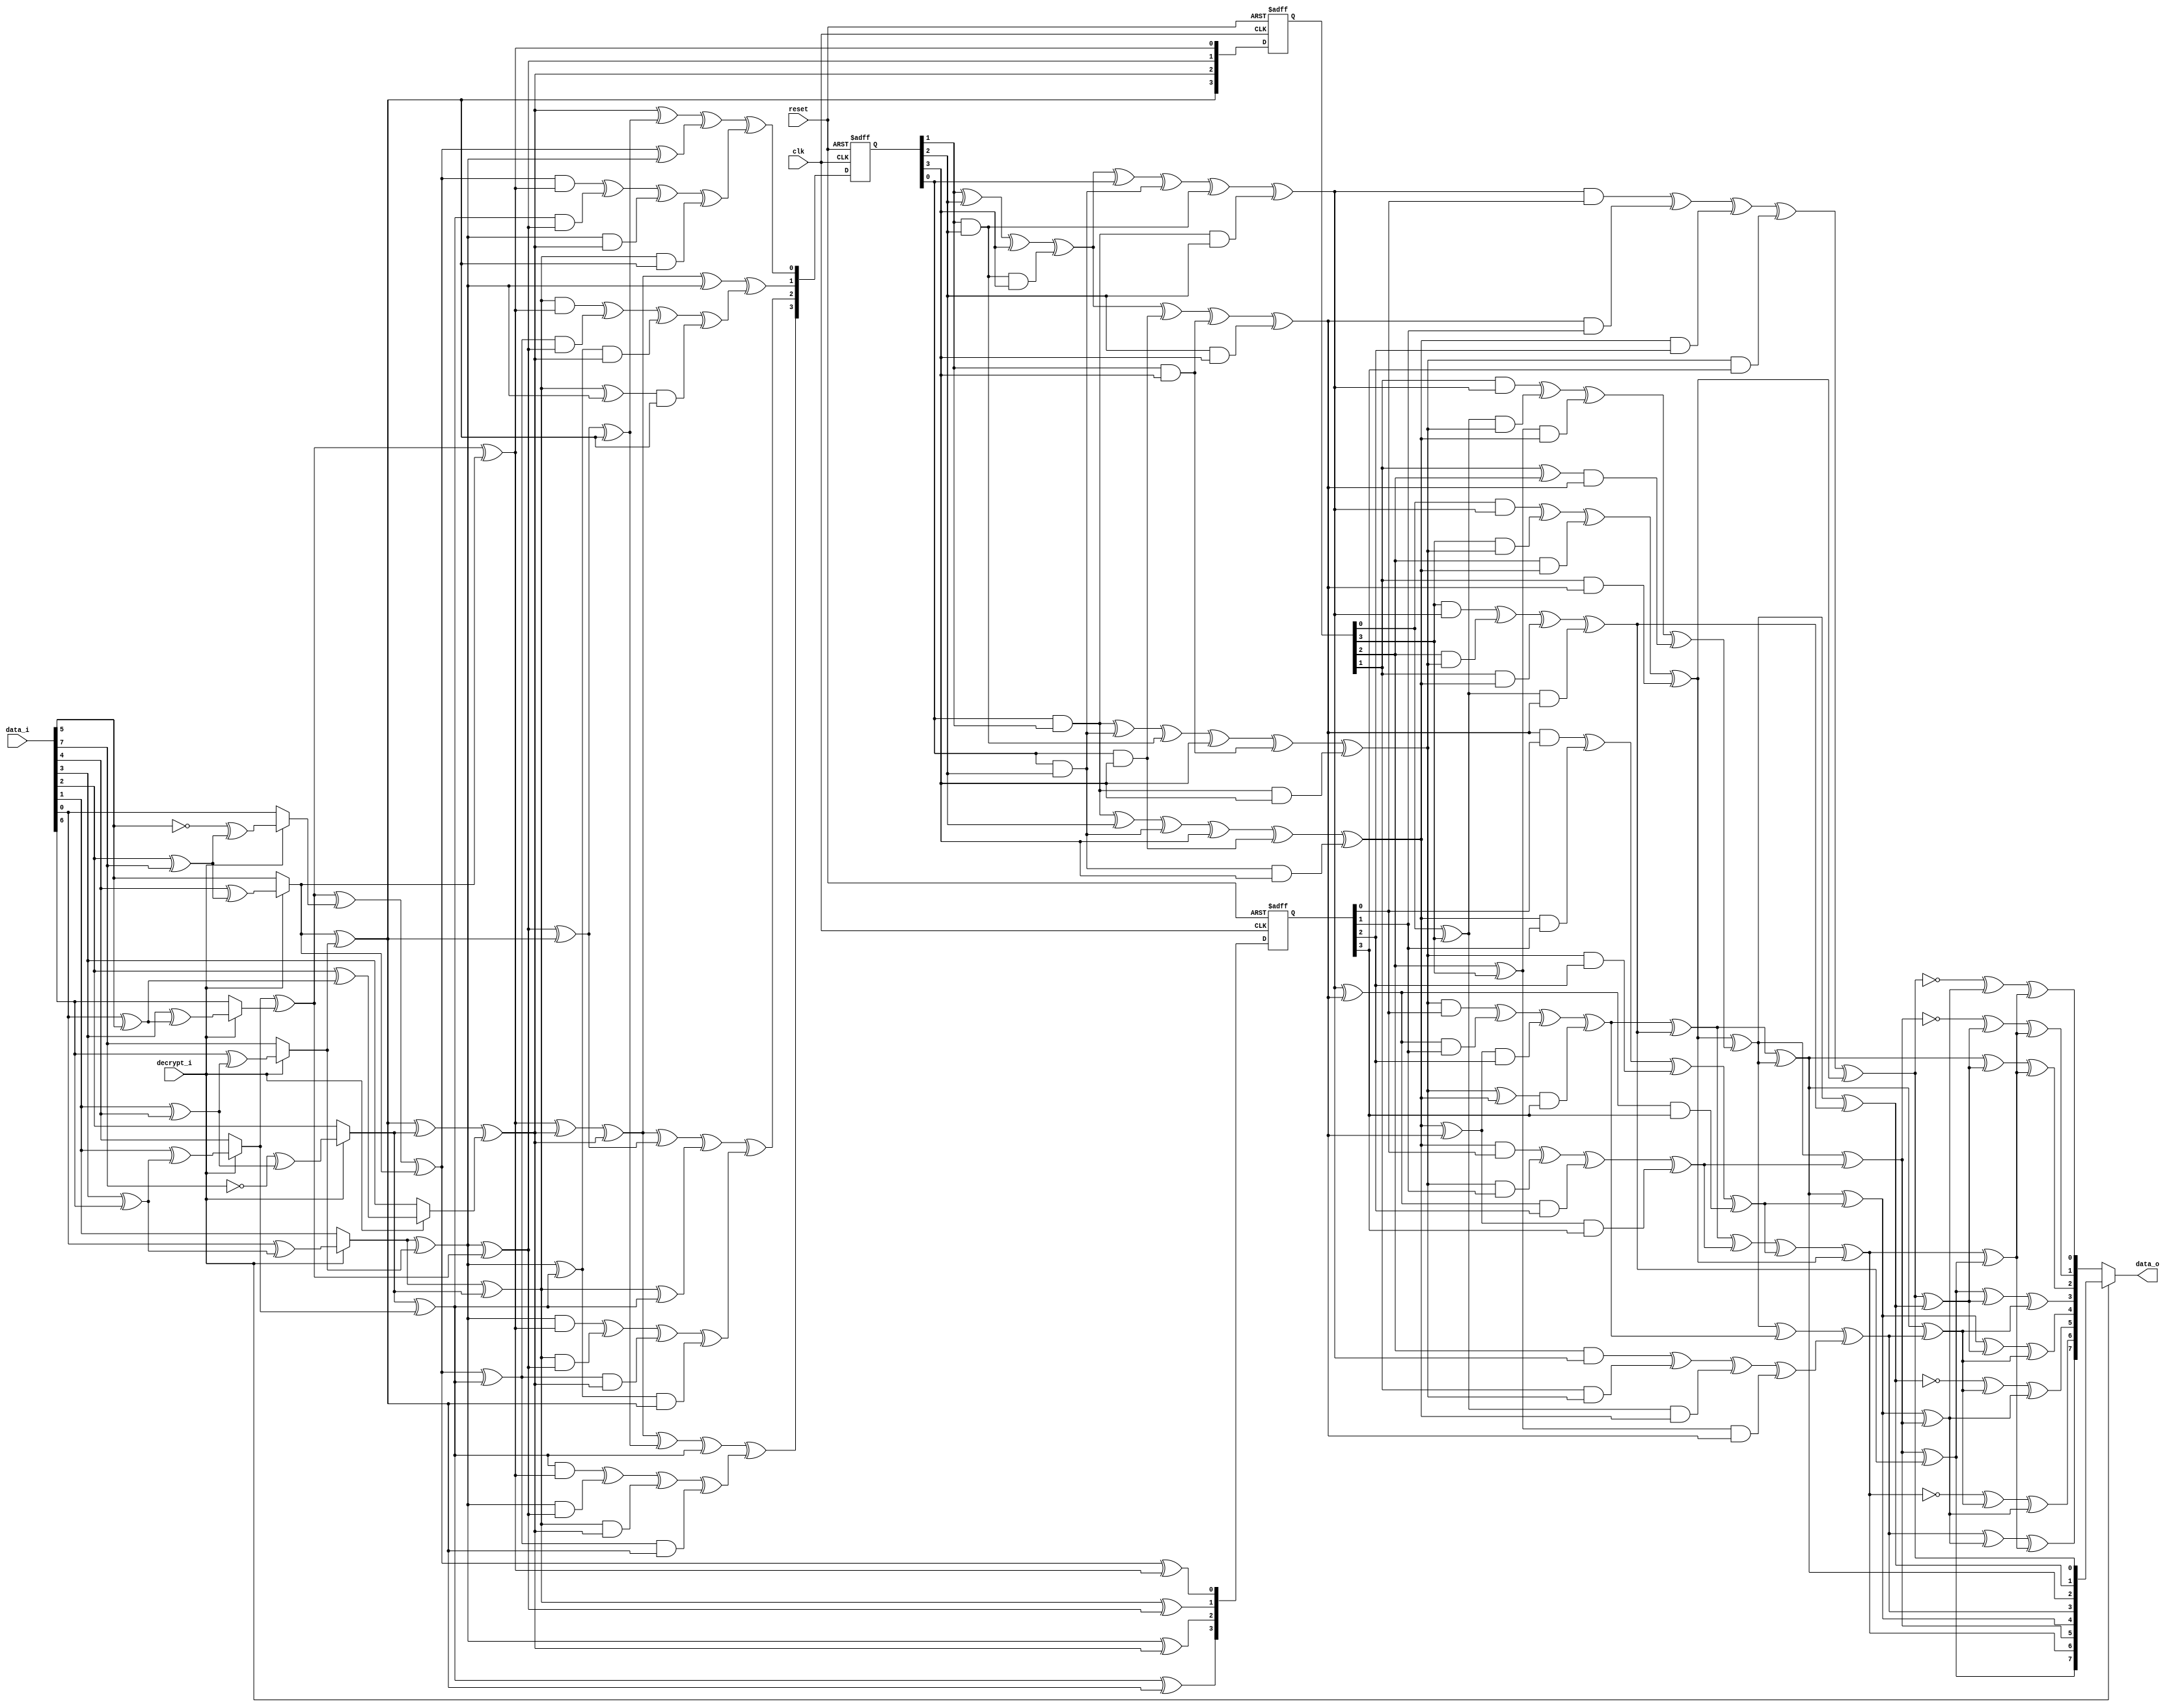
`timescale 1ns / 1ps
//////////////////////////////////////////////////////////////////////////////////
// Company: 
// Engineer: 
// 
// Design Name: 
// Module Name:    sbox 
// Project Name: 
// Target Devices: 
// Tool versions: 
// Description: 
//
// Dependencies: 
//
// Revision: 
// Revision 0.01 - File Created
// Additional Comments: 
//
//////////////////////////////////////////////////////////////////////////////////
module ARS_sbox(clk,reset,data_i,decrypt_i,data_o);
input clk;
input reset;
input [7:0] data_i;
input decrypt_i;
output [7:0] data_o;

reg [7:0] data_o;

reg [7:0] inva;
reg [3:0] ah;
reg [3:0] al;
reg [3:0] ah2;
reg [3:0] al2;
reg [3:0] alxh;
reg [3:0] alph;
reg [3:0] d;
reg [3:0] ahp;
reg [3:0] alp;
reg [3:0] to_invert;
reg [3:0] next_to_invert;
reg [3:0] ah_reg;
reg [3:0] next_ah_reg;
reg [3:0] next_alph;


//registers
always @(posedge clk or negedge reset)
begin

  if(!reset)
  begin
 
    to_invert = (0);
    ah_reg = (0);
    alph = (0);	
  
  end
  else
  begin
    
    to_invert = (next_to_invert);
    ah_reg = (next_ah_reg);
    alph = (next_alph);	

  end

end


//first_mux
reg[7:0] first_mux_data_var;
reg[7:0] first_mux_InvInput;
reg[3:0] first_mux_ah_t,first_mux_al_t;
reg first_mux_aA,first_mux_aB,first_mux_aC,first_mux_aD;
	
always @(data_i or decrypt_i)
begin

  first_mux_data_var=data_i;
  first_mux_InvInput=first_mux_data_var;
	
  case(decrypt_i)
    1:
     begin
      
       //Apply inverse affine trasformation
       first_mux_aA=first_mux_data_var[0]^first_mux_data_var[5];first_mux_aB=first_mux_data_var[1]^first_mux_data_var[4];
       first_mux_aC=first_mux_data_var[2]^first_mux_data_var[7];first_mux_aD=first_mux_data_var[3]^first_mux_data_var[6];
       first_mux_InvInput[0]=(!first_mux_data_var[5])^first_mux_aC;
       first_mux_InvInput[1]=first_mux_data_var[0]^first_mux_aD;
       first_mux_InvInput[2]=(!first_mux_data_var[7])^first_mux_aB;
       first_mux_InvInput[3]=first_mux_data_var[2]^first_mux_aA;
       first_mux_InvInput[4]=first_mux_data_var[1]^first_mux_aD;
       first_mux_InvInput[5]=first_mux_data_var[4]^first_mux_aC;
       first_mux_InvInput[6]=first_mux_data_var[3]^first_mux_aA;
       first_mux_InvInput[7]=first_mux_data_var[6]^first_mux_aB;

     end

   default:
     begin

       first_mux_InvInput=first_mux_data_var;
     
     end

  endcase
	
	
  //Convert elements from GF(2^8)
	
  first_mux_aA=first_mux_InvInput[1]^first_mux_InvInput[7];
  first_mux_aB=first_mux_InvInput[5]^first_mux_InvInput[7];
  first_mux_aC=first_mux_InvInput[4]^first_mux_InvInput[6];
	
  first_mux_al_t[0]=first_mux_aC^first_mux_InvInput[0]^first_mux_InvInput[5];
  first_mux_al_t[1]=first_mux_InvInput[1]^first_mux_InvInput[2];
  first_mux_al_t[2]=first_mux_aA;
  first_mux_al_t[3]=first_mux_InvInput[2]^first_mux_InvInput[4];
	
  first_mux_ah_t[0]=first_mux_aC^first_mux_InvInput[5];
  first_mux_ah_t[1]=first_mux_aA^first_mux_aC;
  first_mux_ah_t[2]=first_mux_aB^first_mux_InvInput[2]^first_mux_InvInput[3];
  first_mux_ah_t[3]=first_mux_aB;

  al = (first_mux_al_t);
  ah = (first_mux_ah_t);
  next_ah_reg = (first_mux_ah_t);
 
end


reg[7:0] end_mux_data_var,end_mux_data_o_var;
reg end_mux_aA,end_mux_aB,end_mux_aC,end_mux_aD;

always @(decrypt_i or inva)
begin

  end_mux_data_var=inva;

  case(decrypt_i)

    0:
     begin

       end_mux_aA=end_mux_data_var[0]^end_mux_data_var[1];end_mux_aB=end_mux_data_var[2]^end_mux_data_var[3];
       end_mux_aC=end_mux_data_var[4]^end_mux_data_var[5];end_mux_aD=end_mux_data_var[6]^end_mux_data_var[7];
       end_mux_data_o_var[0]=(!end_mux_data_var[0])^end_mux_aC^end_mux_aD;
       end_mux_data_o_var[1]=(!end_mux_data_var[5])^end_mux_aA^end_mux_aD;
       end_mux_data_o_var[2]=end_mux_data_var[2]^end_mux_aA^end_mux_aD;
       end_mux_data_o_var[3]=end_mux_data_var[7]^end_mux_aA^end_mux_aB;
       end_mux_data_o_var[4]=end_mux_data_var[4]^end_mux_aA^end_mux_aB;
       end_mux_data_o_var[5]=(!end_mux_data_var[1])^end_mux_aB^end_mux_aC;
       end_mux_data_o_var[6]=(!end_mux_data_var[6])^end_mux_aB^end_mux_aC;
       end_mux_data_o_var[7]=end_mux_data_var[3]^end_mux_aC^end_mux_aD;
 
       data_o = (end_mux_data_o_var);
     end

    default:
     begin

       data_o = (end_mux_data_var);
     end
  endcase

end


reg[3:0] aA,aB;
reg[3:0] inversemap_alp_t,inversemap_ahp_t;
reg[7:0] inversemap_inva_t;

always @(alp or ahp)
begin
	
  inversemap_alp_t=alp;
  inversemap_ahp_t=ahp;
	
  aA=inversemap_alp_t[1]^inversemap_ahp_t[3];
  aB=inversemap_ahp_t[0]^inversemap_ahp_t[1];

  inversemap_inva_t[0]=inversemap_alp_t[0]^inversemap_ahp_t[0];
  inversemap_inva_t[1]=aB^inversemap_ahp_t[3];
  inversemap_inva_t[2]=aA^aB;
  inversemap_inva_t[3]=aB^inversemap_alp_t[1]^inversemap_ahp_t[2];
  inversemap_inva_t[4]=aA^aB^inversemap_alp_t[3];
  inversemap_inva_t[5]=aB^inversemap_alp_t[2];
  inversemap_inva_t[6]=aA^inversemap_alp_t[2]^inversemap_alp_t[3]^inversemap_ahp_t[0];
  inversemap_inva_t[7]=aB^inversemap_alp_t[2]^inversemap_ahp_t[3];

  inva = (inversemap_inva_t);

end

reg[3:0] mul1_alxh_t;
reg[3:0] mul1_aA,mul1_a;

always @(ah or al)
begin

  mul1_aA=al[0]^al[3];
  mul1_a=al[2]^al[3];
	
  mul1_alxh_t[0]=(al[0]&ah[0])^(al[3]&ah[1])^(al[2]&ah[2])^(al[1]&ah[3]);
  mul1_alxh_t[1]=(al[1]&ah[0])^(mul1_aA&ah[1])^(mul1_a&ah[2])^((al[1]^al[2])&ah[3]);
  mul1_alxh_t[2]=(al[2]&ah[0])^(al[1]&ah[1])^(mul1_aA&ah[2])^(mul1_a&ah[3]);
  mul1_alxh_t[3]=(al[3]&ah[0])^(al[2]&ah[1])^(al[1]&ah[2])^(mul1_aA&ah[3]);
	
  alxh = (mul1_alxh_t);

end


reg[3:0] mul2_ahp_t;
reg[3:0] mul2_aA,mul2_aB;

always @(d or ah_reg)
begin

	
  mul2_aA=ah_reg[0]^ah_reg[3];
  mul2_aB=ah_reg[2]^ah_reg[3];
	
  mul2_ahp_t[0]=(ah_reg[0]&d[0])^(ah_reg[3]&d[1])^(ah_reg[2]&d[2])^(ah_reg[1]&d[3]);
  mul2_ahp_t[1]=(ah_reg[1]&d[0])^(mul2_aA&d[1])^(mul2_aB&d[2])^((ah_reg[1]^ah_reg[2])&d[3]);
  mul2_ahp_t[2]=(ah_reg[2]&d[0])^(ah_reg[1]&d[1])^(mul2_aA&d[2])^(mul2_aB&d[3]);
  mul2_ahp_t[3]=(ah_reg[3]&d[0])^(ah_reg[2]&d[1])^(ah_reg[1]&d[2])^(mul2_aA&d[3]);
	
  ahp = (mul2_ahp_t);

end


reg[3:0] mul3_alp_t;
reg[3:0] mul3_aA,mul3_aB;

always @(d or alph)
begin

	
  mul3_aA=d[0]^d[3];
  mul3_aB=d[2]^d[3];

  mul3_alp_t[0]=(d[0]&alph[0])^(d[3]&alph[1])^(d[2]&alph[2])^(d[1]&alph[3]);
  mul3_alp_t[1]=(d[1]&alph[0])^(mul3_aA&alph[1])^(mul3_aB&alph[2])^((d[1]^d[2])&alph[3]);
  mul3_alp_t[2]=(d[2]&alph[0])^(d[1]&alph[1])^(mul3_aA&alph[2])^(mul3_aB&alph[3]);
  mul3_alp_t[3]=(d[3]&alph[0])^(d[2]&alph[1])^(d[1]&alph[2])^(mul3_aA&alph[3]);
	
  alp = (mul3_alp_t);

end


reg[3:0] intermediate_aA,intermediate_aB;
reg[3:0] intermediate_ah2e,intermediate_ah2epl2,intermediate_to_invert_var;
	
always @(ah2 or al2 or alxh)
begin

  intermediate_aA=ah2[0]^ah2[1];
  intermediate_aB=ah2[2]^ah2[3];
  intermediate_ah2e[0]=ah2[1]^intermediate_aB;
  intermediate_ah2e[1]=intermediate_aA;
  intermediate_ah2e[2]=intermediate_aA^ah2[2];
  intermediate_ah2e[3]=intermediate_aA^intermediate_aB;

  intermediate_ah2epl2[0]=intermediate_ah2e[0]^al2[0];
  intermediate_ah2epl2[1]=intermediate_ah2e[1]^al2[1];
  intermediate_ah2epl2[2]=intermediate_ah2e[2]^al2[2];
  intermediate_ah2epl2[3]=intermediate_ah2e[3]^al2[3];

  intermediate_to_invert_var[0]=intermediate_ah2epl2[0]^alxh[0];
  intermediate_to_invert_var[1]=intermediate_ah2epl2[1]^alxh[1];
  intermediate_to_invert_var[2]=intermediate_ah2epl2[2]^alxh[2];
  intermediate_to_invert_var[3]=intermediate_ah2epl2[3]^alxh[3];

  next_to_invert = (intermediate_to_invert_var);

end


reg[3:0] inversion_to_invert_var;
reg[3:0] inversion_aA,inversion_d_t;
	
always @(to_invert)
begin

  inversion_to_invert_var=to_invert;

  inversion_aA=inversion_to_invert_var[1]^inversion_to_invert_var[2]^inversion_to_invert_var[3]^(inversion_to_invert_var[1]&inversion_to_invert_var[2]&inversion_to_invert_var[3]);
  inversion_d_t[0]=inversion_aA^inversion_to_invert_var[0]^(inversion_to_invert_var[0]&inversion_to_invert_var[2])^(inversion_to_invert_var[1]&inversion_to_invert_var[2])^(inversion_to_invert_var[0]&inversion_to_invert_var[1]&inversion_to_invert_var[2]);
  inversion_d_t[1]=(inversion_to_invert_var[0]&inversion_to_invert_var[1])^(inversion_to_invert_var[0]&inversion_to_invert_var[2])^(inversion_to_invert_var[1]&inversion_to_invert_var[2])^inversion_to_invert_var[3]^(inversion_to_invert_var[1]&inversion_to_invert_var[3])^(inversion_to_invert_var[0]&inversion_to_invert_var[1]&inversion_to_invert_var[3]);
  inversion_d_t[2]=(inversion_to_invert_var[0]&inversion_to_invert_var[1])^inversion_to_invert_var[2]^(inversion_to_invert_var[0]&inversion_to_invert_var[2])^inversion_to_invert_var[3]^(inversion_to_invert_var[0]&inversion_to_invert_var[3])^(inversion_to_invert_var[0]&inversion_to_invert_var[2]&inversion_to_invert_var[3]);
  inversion_d_t[3]=inversion_aA^(inversion_to_invert_var[0]&inversion_to_invert_var[3])^(inversion_to_invert_var[1]&inversion_to_invert_var[3])^(inversion_to_invert_var[2]&inversion_to_invert_var[3]);

  d = (inversion_d_t);

end


reg[3:0] sum1_alph_t;
	
always @(ah or al)
begin
	
  sum1_alph_t[0]=al[0]^ah[0];
  sum1_alph_t[1]=al[1]^ah[1];
  sum1_alph_t[2]=al[2]^ah[2];
  sum1_alph_t[3]=al[3]^ah[3];
	
  next_alph = (sum1_alph_t);

end


reg[3:0] square1_ah_t;
	
always @(ah)
begin
	
  square1_ah_t[0]=ah[0]^ah[2];
  square1_ah_t[1]=ah[2];
  square1_ah_t[2]=ah[1]^ah[3];
  square1_ah_t[3]=ah[3];
	
  ah2 = (square1_ah_t);

end


reg[3:0] square2_al_t;
	
always @(al)
begin
	
  square2_al_t[0]=al[0]^al[2];
  square2_al_t[1]=al[2];
  square2_al_t[2]=al[1]^al[3];
  square2_al_t[3]=al[3];

  al2 = (square2_al_t);

end

endmodule